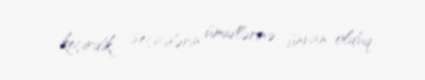
keçirdik, seçicilərin ümidlərinə ünvan olduq.